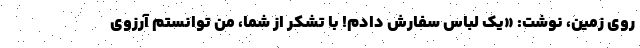
روی زمین، نوشت: «یک لباس سفارش دادم! با تشکر از شما، من توانستم آرزوی